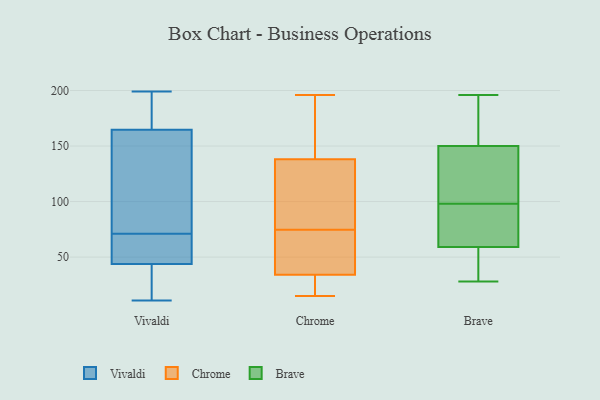
{"axis": {"x": "Market Share (%)", "y": "Value"}, "legend": ["Brave", "Chrome", "Vivaldi"], "data": [{"x": "", "y": 196, "type": "Vivaldi"}, {"x": "", "y": 134, "type": "Vivaldi"}, {"x": "", "y": 49, "type": "Vivaldi"}, {"x": "", "y": 199, "type": "Vivaldi"}, {"x": "", "y": 71, "type": "Vivaldi"}, {"x": "", "y": 195, "type": "Vivaldi"}, {"x": "", "y": 57, "type": "Vivaldi"}, {"x": "", "y": 12, "type": "Vivaldi"}, {"x": "", "y": 42, "type": "Vivaldi"}, {"x": "", "y": 11, "type": "Vivaldi"}, {"x": "", "y": 164, "type": "Vivaldi"}, {"x": "", "y": 70, "type": "Vivaldi"}, {"x": "", "y": 165, "type": "Vivaldi"}, {"x": "", "y": 111, "type": "Vivaldi"}, {"x": "", "y": 12, "type": "Vivaldi"}, {"x": "", "y": 15, "type": "Chrome"}, {"x": "", "y": 34, "type": "Chrome"}, {"x": "", "y": 196, "type": "Chrome"}, {"x": "", "y": 36, "type": "Chrome"}, {"x": "", "y": 74, "type": "Chrome"}, {"x": "", "y": 75, "type": "Chrome"}, {"x": "", "y": 23, "type": "Chrome"}, {"x": "", "y": 165, "type": "Chrome"}, {"x": "", "y": 25, "type": "Chrome"}, {"x": "", "y": 78, "type": "Chrome"}, {"x": "", "y": 192, "type": "Chrome"}, {"x": "", "y": 64, "type": "Chrome"}, {"x": "", "y": 138, "type": "Chrome"}, {"x": "", "y": 96, "type": "Chrome"}, {"x": "", "y": 183, "type": "Chrome"}, {"x": "", "y": 46, "type": "Chrome"}, {"x": "", "y": 29, "type": "Chrome"}, {"x": "", "y": 89, "type": "Chrome"}, {"x": "", "y": 86, "type": "Brave"}, {"x": "", "y": 186, "type": "Brave"}, {"x": "", "y": 62, "type": "Brave"}, {"x": "", "y": 146, "type": "Brave"}, {"x": "", "y": 56, "type": "Brave"}, {"x": "", "y": 159, "type": "Brave"}, {"x": "", "y": 68, "type": "Brave"}, {"x": "", "y": 167, "type": "Brave"}, {"x": "", "y": 116, "type": "Brave"}, {"x": "", "y": 47, "type": "Brave"}, {"x": "", "y": 69, "type": "Brave"}, {"x": "", "y": 110, "type": "Brave"}, {"x": "", "y": 142, "type": "Brave"}, {"x": "", "y": 70, "type": "Brave"}, {"x": "", "y": 28, "type": "Brave"}, {"x": "", "y": 35, "type": "Brave"}, {"x": "", "y": 43, "type": "Brave"}, {"x": "", "y": 137, "type": "Brave"}, {"x": "", "y": 154, "type": "Brave"}, {"x": "", "y": 196, "type": "Brave"}]}